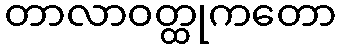
တာလာဝတ္ထုကတော